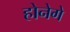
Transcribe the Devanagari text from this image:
होनेगे